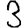
Digit: 3